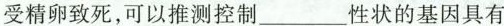
受精卵致死，可以推测控制___性状的基因具有